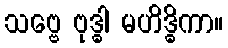
သဗ္ဗေ ဗုဒ္ဓါ မဟိဒ္ဓိကာ။